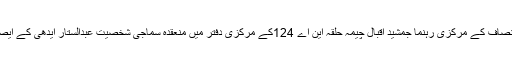
لاہور کی تصاویر، لاہور: تحریک انصاف کے مرکزی رہنما جمشید اقبال چیمہ حلقہ این اے 124کے مرکزی دفتر میں منعقدہ سماجی شخصیت عبدالستار ایدھی کے ایصال ثواب کے لیے دعا کر رہے ہیں۔